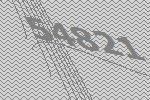
54821